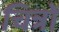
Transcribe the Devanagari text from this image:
चित्रोें